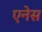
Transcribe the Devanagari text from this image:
एनेस